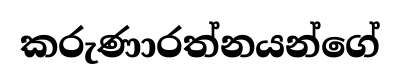
කරුණාරත්නයන්ගේ